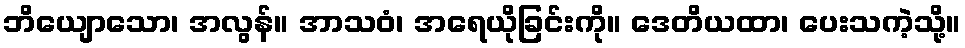
ဘိယျောသော၊ အလွန်။ အာသဝံ၊ အရေယိုခြင်းကို။ ဒေတိယထာ၊ ပေးသကဲ့သို့။